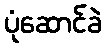
ပုံဆောင်ခဲ